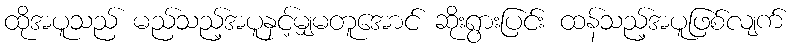
ထိုအပူသည် မည်သည့်အပူနှင့်မျှမတူအောင် ဆိုးရွားပြင်း ထန်သည့်အပူဖြစ်လျက်